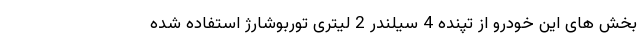
بخش های این خودرو از تپنده 4 سیلندر 2 لیتری توربوشارژ استفاده شده